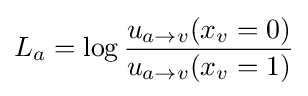
L_{a}=\log {\frac {u_{a\to v}(x_{v}=0)}{u_{a\to v}(x_{v}=1)}}